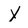
Character: Y